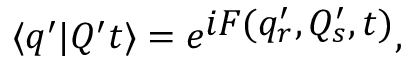
\langle q ^ { \prime } | Q ^ { \prime } t \rangle = e ^ { \textstyle { i F ( q _ { r } ^ { \prime } , Q _ { s } ^ { \prime } , t ) } } ,